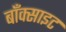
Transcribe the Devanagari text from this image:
बाँक्साइट